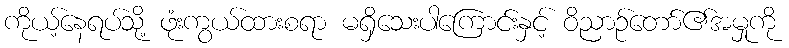
ကိုယ့်နေရပ်သို့ ဖုံးကွယ်ထားစရာ မရှိသေးပါကြောင်းနှင့် ဝိညာဉ်တော်၏အမှုကို